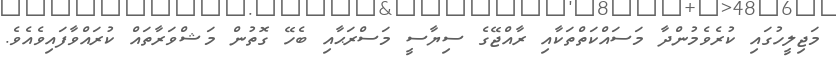
މަޖިލީހުގައި ކުރެވެމުންދާ މަސައްކަތްތަކާއި ރާއްޖޭގެ ސިޔާސީ މަސްރަޙާއި ބެހޭ ގޮތުން މަޝްވަރާތައް ކުރައްވާފައިވެއެވެ.